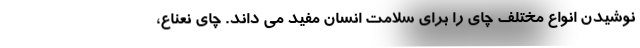
نوشیدن انواع مختلف چای را برای سلامت انسان مفید می داند. چای نعناع،